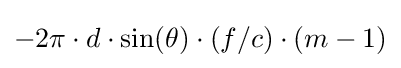
-2\pi \cdot d\cdot \sin(\theta )\cdot (f/c)\cdot (m-1)